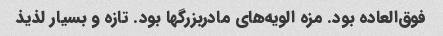
فوق‌العاده بود. مزه الویه‌های مادربزرگها بود‌. تازه و بسیار لذیذ